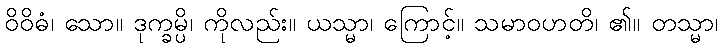
ဝိဝိဓံ၊ သော။ ဒုက္ခမ္ပိ၊ ကိုလည်း။ ယသ္မာ၊ ကြောင့်။ သမာဝဟတိ၊ ၏။ တသ္မာ၊